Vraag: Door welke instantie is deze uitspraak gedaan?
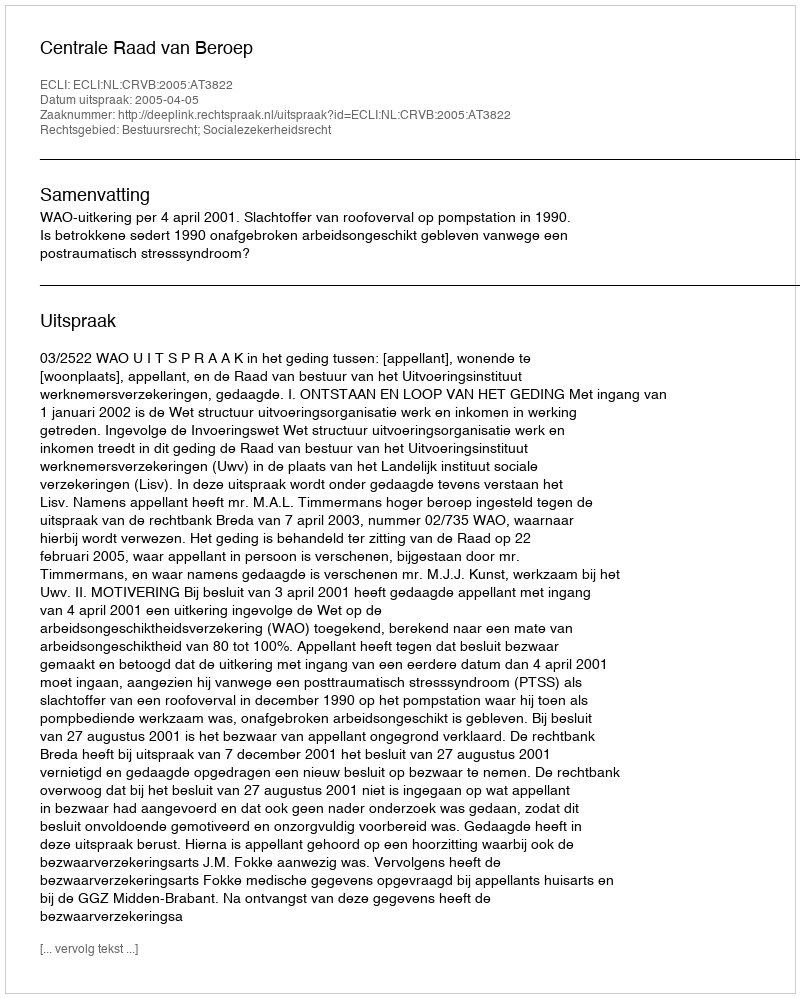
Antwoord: Centrale Raad van Beroep